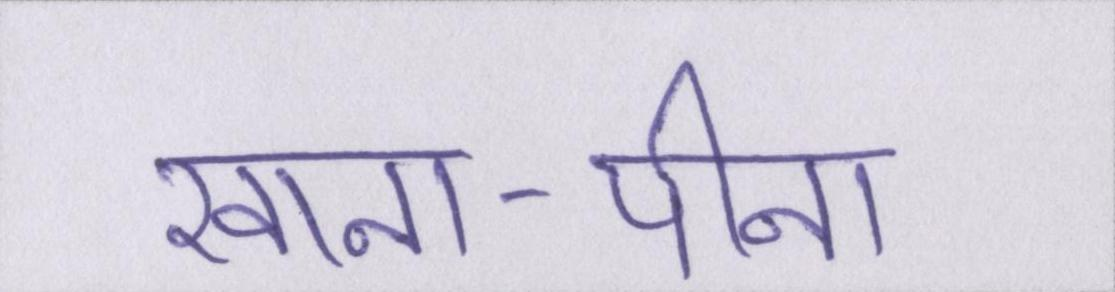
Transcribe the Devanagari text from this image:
खाना-पीना